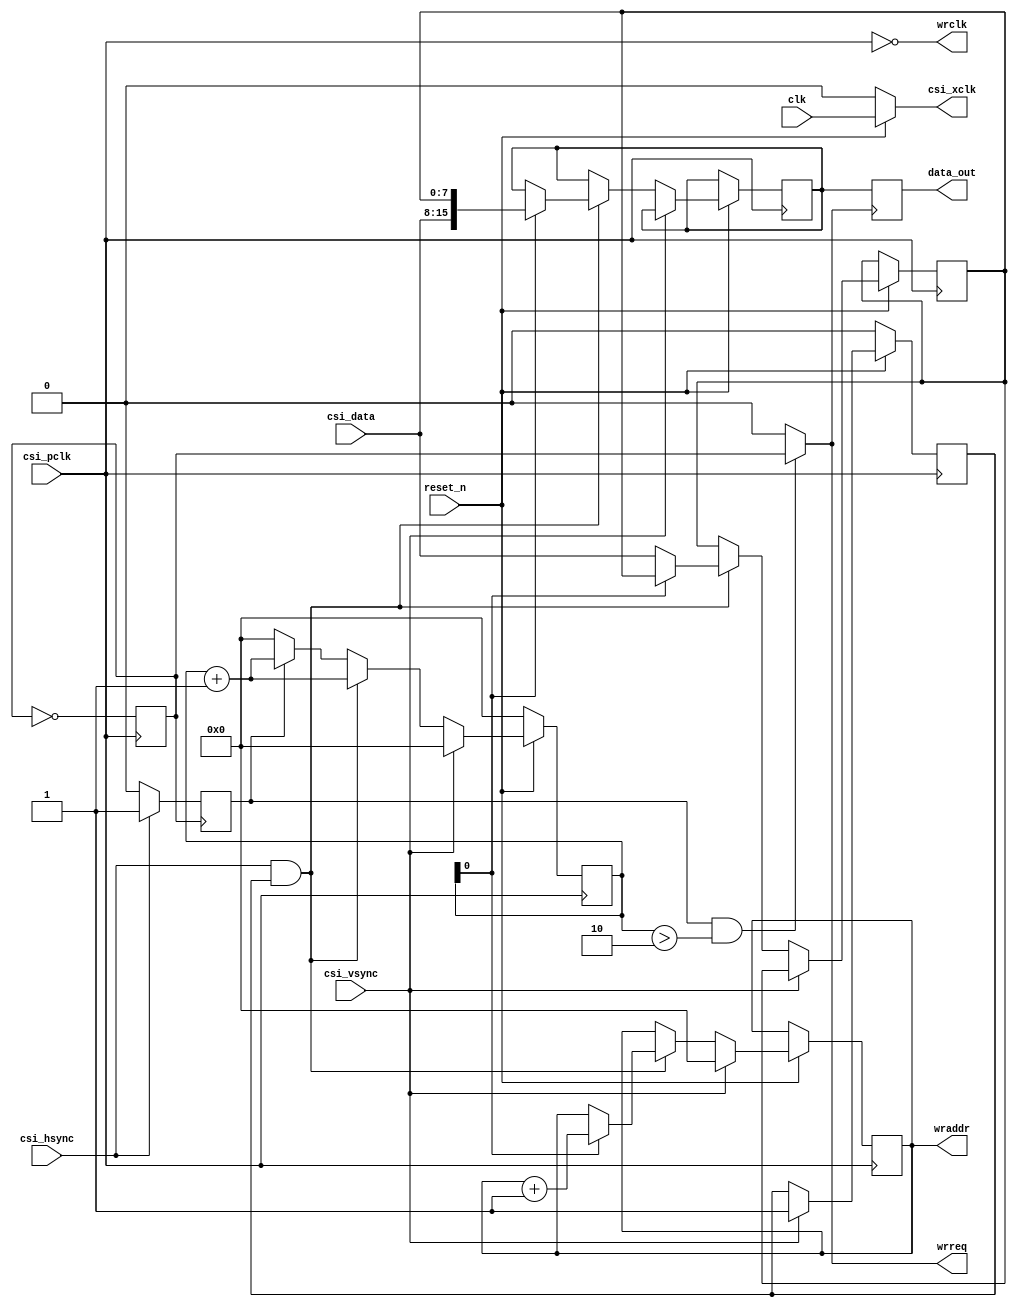
module cameraReader
(
	input clk,
	input reset_n,
	
	output csi_xclk,
	
	input csi_pclk,
	input [7:0] csi_data,
	input csi_vsync,
	input csi_hsync,
	
	output reg [15:0] data_out = 0,
	output wire wrreq,
	output wire wrclk,
	output reg [19:0]wraddr
);

reg [19:0] pixel_counter = 0;

assign csi_xclk = (reset_n == 1) ? clk : 0;

reg vsync_passed = 0;
reg write_pixel = 0;

reg wrclk1 = 0;

always@(posedge csi_pclk)
wrclk1 <= ~wrclk1;

always@(negedge wrclk1)
begin
	if(csi_hsync == 1)
		write_pixel <= 1;
	else
		write_pixel <= 0;
end

reg [7:0] subpixel;
reg [15:0] current_pixel;

always@(posedge wrreq )
begin
	data_out <= current_pixel;
end

always@(posedge csi_pclk)
begin
	if(reset_n == 0)
		begin
			pixel_counter <= 0;
			vsync_passed <= 0;
		end
	else
		begin
			if(csi_vsync == 1)
			begin
				pixel_counter <= 0;
				vsync_passed <= 1;
				wraddr <= 0;
			end
			else
				if(csi_hsync == 1 && vsync_passed == 1)
				begin
					if(pixel_counter[0] == 0)
					begin
						pixel_counter <= pixel_counter + 1;
						subpixel <= csi_data;
					end
					else
					begin
//						current_pixel <= { subpixel, csi_data};
						current_pixel <= { csi_data, subpixel};
						pixel_counter <= pixel_counter + 1;
						wraddr <= wraddr + 1;
					end
				end
				else
				begin
				if(write_pixel == 1)
					pixel_counter <= pixel_counter + 1;
				else
					pixel_counter <= 0;
				end
			end
end

assign wrreq = (write_pixel == 1) && pixel_counter > 2 ? wrclk1 : 0;
assign wrclk = ~csi_pclk;

endmodule